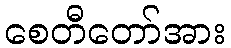
စေတီတော်အား